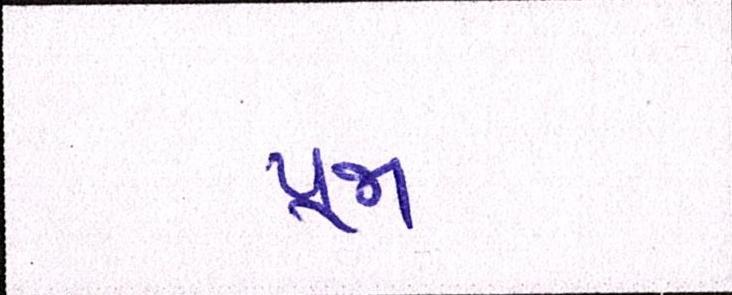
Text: પૂજા